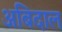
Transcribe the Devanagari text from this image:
अबिदाल